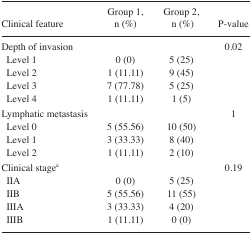
<table><thead><tr><td><b>Clinical feature</b></td><td><b>Group 1, n (%)</b></td><td><b>Group 2, n (%)</b></td><td><b>P-value</b></td></tr></thead><tbody><tr><td>Depth of invasion</td><td></td><td></td><td>0.02</td></tr><tr><td> Level 1</td><td>0 (0)</td><td>5 (25)</td><td></td></tr><tr><td> Level 2</td><td>1 (11.11)</td><td>9 (45)</td><td></td></tr><tr><td> Level 3</td><td>7 (77.78)</td><td>5 (25)</td><td></td></tr><tr><td> Level 4</td><td>1 (11.11)</td><td>1 (5)</td><td></td></tr><tr><td>Lymphatic metastasis</td><td></td><td></td><td>1</td></tr><tr><td> Level 0</td><td>5 (55.56)</td><td>10 (50)</td><td></td></tr><tr><td> Level 1</td><td>3 (33.33)</td><td>8 (40)</td><td></td></tr><tr><td> Level 2</td><td>1 (11.11)</td><td>2 (10)</td><td></td></tr><tr><td>Clinical stagea</td><td></td><td></td><td>0.19</td></tr><tr><td> IIA</td><td>0 (0)</td><td>5 (25)</td><td></td></tr><tr><td> IIB</td><td>5 (55.56)</td><td>11 (55)</td><td></td></tr><tr><td> IIIA</td><td>3 (33.33)</td><td>4 (20)</td><td></td></tr><tr><td> IIIB</td><td>1 (11.11)</td><td>0 (0)</td><td></td></tr></tbody></table>